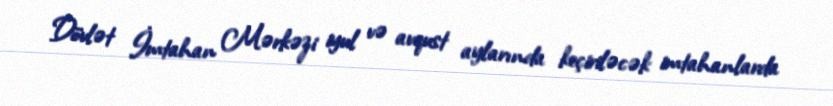
Dövlət İmtahan Mərkəzi iyul və avqust aylarında keçiriləcək imtahanlarda